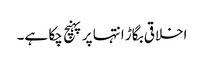
اخلاقی بگاڑ انتہا پر پہنچ چکا ہے۔